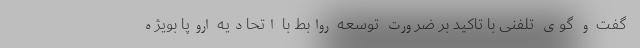
گفت و گوی تلفنی با تاکید بر ضرورت توسعه روابط با اتحادیه اروپا بویژه